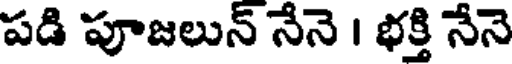
పడి పూజలున్ నేనె । భక్తి నేనె